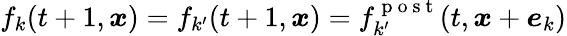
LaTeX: f_{k}(t+1,\boldsymbol{x})=f_{k^{\prime}}(t+1,\boldsymbol{x})=f_{k^{\prime}}^{\mathrm{~p~o~s~t~}}(t,\boldsymbol{x}+\boldsymbol{e}_{k})